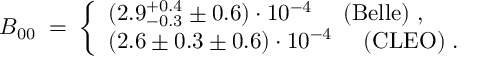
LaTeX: { \cal B } _ { 0 0 } \; = \; \left\{ \begin{array} { l } { { ( 2 . 9 _ { - 0 . 3 } ^ { + 0 . 4 } \pm 0 . 6 ) \cdot 1 0 ^ { - 4 } ~ ~ ~ ~ ( \mathrm { B e l l e } ) \; , \; \; \; \; \; \; } } \\ { { ( 2 . 6 \pm 0 . 3 \pm 0 . 6 ) \cdot 1 0 ^ { - 4 } ~ ~ ~ ~ ( \mathrm { C L E O } ) \; . } } \end{array} \right.